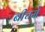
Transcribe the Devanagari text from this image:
बीचमे